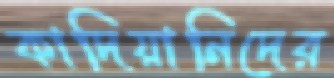
কাদিয়ানিদের